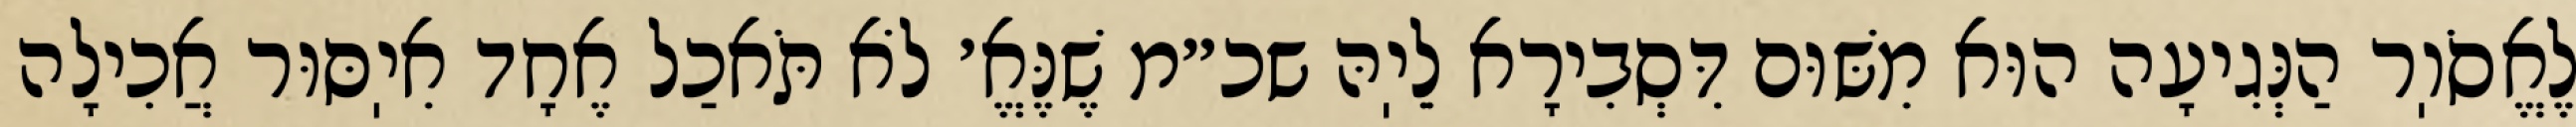
לֶאֱסֹוֽר הַנְּגִיעָה הוּא מִשּׁוּם דִּסְבִירָא לֵיֽהּ שכ״מ שֶׁנֶּאֱ׳ לֹא תֹּאכַל אֶחָד אִיֽסּוּר אֲכִילָה